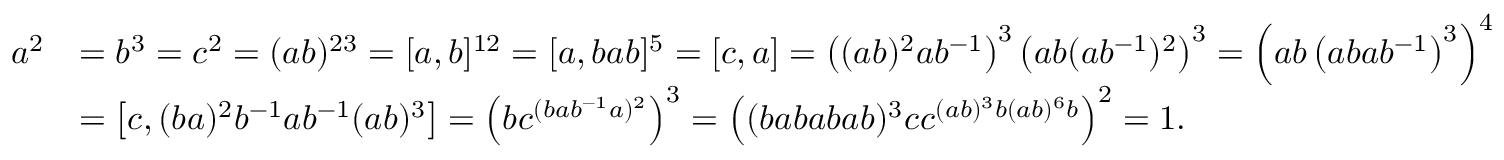
{ \begin{array} { r l } { a ^ { 2 } } & { = b ^ { 3 } = c ^ { 2 } = ( a b ) ^ { 2 3 } = [ a , b ] ^ { 1 2 } = [ a , b a b ] ^ { 5 } = [ c , a ] = \left( ( a b ) ^ { 2 } a b ^ { - 1 } \right) ^ { 3 } \left( a b ( a b ^ { - 1 } ) ^ { 2 } \right) ^ { 3 } = \left( a b \left( a b a b ^ { - 1 } \right) ^ { 3 } \right) ^ { 4 } } \\ & { = \left[ c , ( b a ) ^ { 2 } b ^ { - 1 } a b ^ { - 1 } ( a b ) ^ { 3 } \right] = \left( b c ^ { ( b a b ^ { - 1 } a ) ^ { 2 } } \right) ^ { 3 } = \left( ( b a b a b a b ) ^ { 3 } c c ^ { ( a b ) ^ { 3 } b ( a b ) ^ { 6 } b } \right) ^ { 2 } = 1 . } \end{array} }